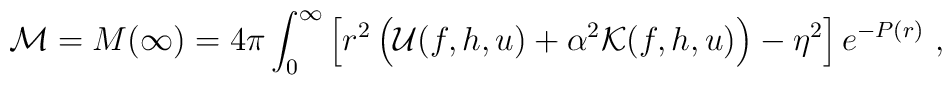
{\cal M}=M(\infty)=4\pi\int_0^\infty\left[r^2\left({\cal U}(f,h,u)+\alpha^2{\cal K}(f,h,u)\right)-\eta^2\right]e^{-P(r)} \ ,